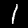
Label: 1